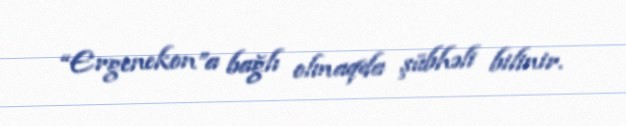
“Ergenekon”a bağlı olmaqda şübhəli bilinir.